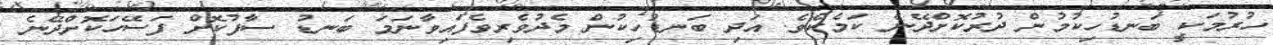
ހުރުމަކީ ބަނޑުހިކުމުން ދުރުކޮށްދޭނެ ކަމެކެވެ. އަދި ބަނޑުހިކުން މެދުވެރިވެފައިވާނަމަ ބަނޑު ސާފުކޮށް ފަސޭހަކޮށްދޭނެ